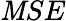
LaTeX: {\mathit{M}SE}